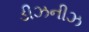
ડીઝનીઝ